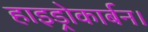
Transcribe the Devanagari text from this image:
हाइड्रोकार्बन।